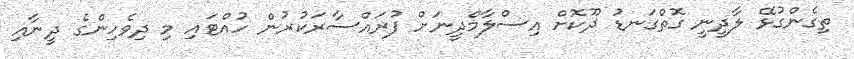
ތިގެންގުޅޭ ލާދީނީ ގޮތްގަނޑު ދޫކޮށް އިސްލާމްދީނަށް ފުރައްސާރަކުރުން ހުއްޓައި މި ދިވެހިންގެ ދީނާއި